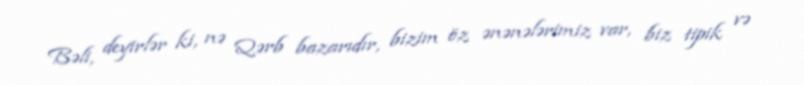
Bəli, deyirlər ki, nə Qərb bazarıdır, bizim öz ənənələrimiz var, biz tipik və